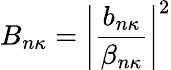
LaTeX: B_{n\kappa}=\left|\frac{b_{n\kappa}}{\beta_{n\kappa}}\right|^{2}